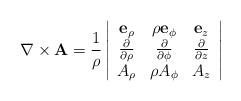
LaTeX: \begin{align*}\nabla\times\mathbf{A}=\frac{1}{\rho}\begin{vmatrix}\begin{array}{ccc}\mathbf{e}_{\rho} & \rho\mathbf{e}_{\phi} & \mathbf{e}_{z}\\\frac{\partial}{\partial\rho} & \frac{\partial}{\partial\phi} & \frac{\partial}{\partial z}\\A_{\rho} & \rho A_{\phi} & A_{z}\end{array}\end{vmatrix}\end{align*}